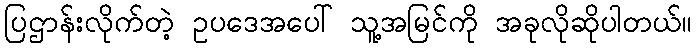
ပြဌာန်းလိုက်တဲ့ ဥပဒေအပေါ် သူ့အမြင်ကို အခုလိုဆိုပါတယ်။